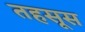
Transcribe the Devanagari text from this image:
तहसूस